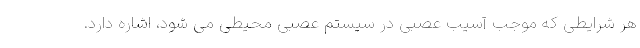
هر شرایطی که موجب آسیب عصبی در سیستم عصبی محیطی می شود، اشاره دارد.